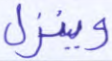
وينزل